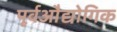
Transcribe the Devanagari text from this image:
पूर्वऔद्योगिक